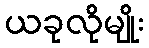
ယခုလိုမျိုး